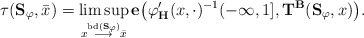
\begin{align*} \tau(\mathbf{S}_{\varphi}, \bar x)=\limsup_{x\stackrel{{\rm bd}(\mathbf{S}_{\varphi})}\longrightarrow \bar x}\mathbf{e}\big(\varphi'_\mathbf{H}(x,\cdot)^{-1}(-\infty, 1], \mathbf{T}^\mathbf{B}(\mathbf{S}_{\varphi}, x)\big).\end{align*}